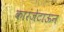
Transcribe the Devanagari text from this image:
कारंजेटाऊन